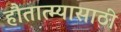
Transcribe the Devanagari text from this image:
हौतात्म्यासाठी